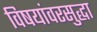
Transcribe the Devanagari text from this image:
विषयांवरसुद्धा